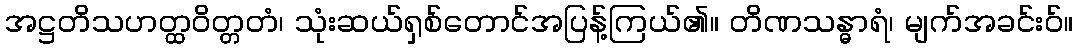
အဋ္ဌတိသဟတ္ထဝိတ္တတံ၊ သုံးဆယ်ရှစ်တောင်အပြန့်ကြယ်၏။ တိဏသန္ဓာရံ၊ မျက်အခင်းဝ်။